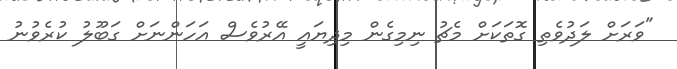
"ވަރަށް ލަދުވެތި ގޮތަކަށް މެޗު ނިމިގެން މިދިޔައީ އޭރުވެސް އަހަންނަށް ގަބޫލު ކުރެވުނު